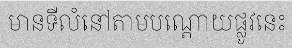
មានទីលំនៅតាមបណ្តោយផ្លូវនេះ